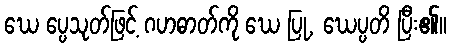
ဃေ ပ္ပေသုတ်ဖြင့် ဂဟဓာတ်ကို ဃေ ပြု, ဃေပ္ပတိ ပြီး၏။